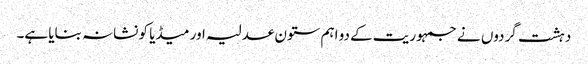
دہشت گردوں نے جمہوریت کے دو اہم ستون عدلیہ اور میڈیا کو نشانہ بنایا ہے۔